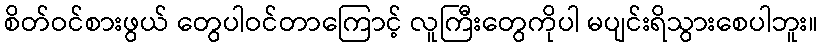
စိတ်ဝင်စားဖွယ် တွေပါဝင်တာကြောင့် လူကြီးတွေကိုပါ မပျင်းရိသွားစေပါဘူး။